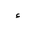
Letter: _hamza